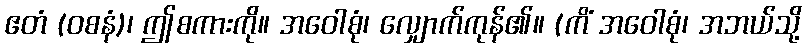
ဧတံ (ဝစနံ)၊ ဤစကားကို။ အဝေါစုံ၊ လျှောက်ကုန်၏။ (ကိံ အဝေါစုံ၊ အဘယ်သို့